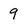
Character: 9